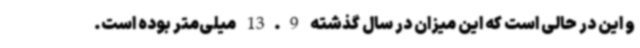
و این در حالی است که این میزان در سال گذشته 13.9 میلی‌متر بوده است.